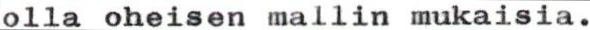
olla oheisen mallin mukaisia.